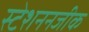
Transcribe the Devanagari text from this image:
स्टेशननजीक